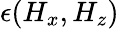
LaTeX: \epsilon(H_{x},H_{z})